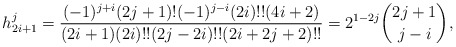
\begin{align*}h_{2i+1}^j&=\frac{(-1)^{j+i}(2j+1)!(-1)^{j-i}(2i)!!(4i+2)}{(2i+1)(2i)!!(2j-2i)!!(2i+2j+2)!!}=2^{1-2j}\binom{2j+1}{j-i},\end{align*}